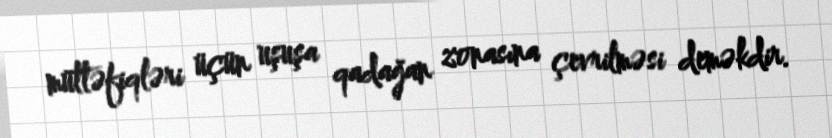
müttəfiqləri üçün uşuşa qadağan zonasına çevrilməsi deməkdir.